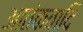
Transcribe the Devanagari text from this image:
आतंकवादि